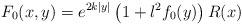
\begin{align*}F_0(x,y)=e^{2k|y|}\left(1 + l^2 f_0(y)\right)R(x)\end{align*}